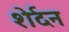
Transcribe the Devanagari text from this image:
शेर्दन